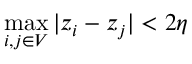
\operatorname* { m a x } _ { i , j \in V } | z _ { i } - z _ { j } | < 2 \eta